Sanitation, dispensaries and jails vaccination Rajputana 1922-1927 - 1922-1927
Year: 1922
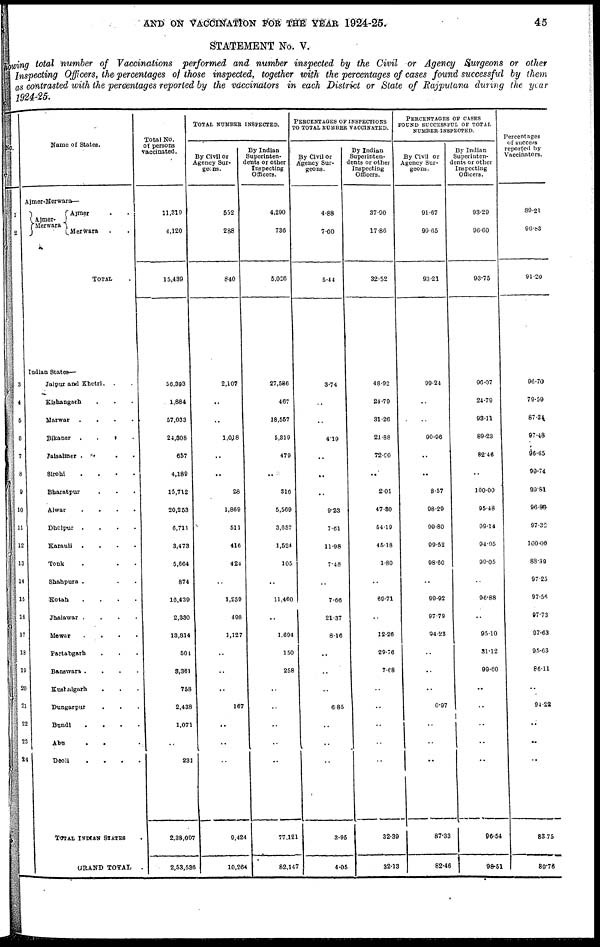
AND ON VACCINATION FOR THE YEAR 1924-25.
45
STATEMENT No. V.
showing total number of Vaccinations performed and number inspected by the Civil or Agency Surgeons or other
Inspecting Officers, the percentages of those inspected, together with the percentages of cases found successful by them
as contrasted with the percentages reported by the vaccinators in each District or State of Rajputana during the year
1924-25.
No.
1
2
3
4
5
8
7
8
9
10
11
12
13
14
15
16
17
18
19
20
21
22
23
24
Name of States.
Ajmer-Merwara—
Ajmer¬
Merwara
Ajmer . .
Merwara . .
TOTAL .
Indian States—
Jaipur and Khetri.
. .
Kishangarh . . .
Marwar
.
.
.
.
Bikaner
. . . .
Jaisalmer . . . .
.
Sirohi
.
.
.
.
Bharatpur
Alwar
.
.
.
.
Dholpur
.
.
.
.
Karauli
.
.
.
.
Tonk . . .
Shahpura . . .
Kotah
.
.
.
.
Jhalawar .
.
.
.
Mewar
.
.
.
.
Partabgarh . . .
Banswara .
.
.
.
Kushalgarh . . .
Dungarpur . . .
Bundi
.
.
.
.
Abu . . .
Deoli
.
.
.
.
TOTAL INDIAN STATES .
GRAND TOTAL
.
Total No.
of persons
vaccinated.
11,319
4,120
15,439
56,393
1,884
57,033
24,808
657
4,188
15,712
20,253
6,711
3,473
5,664
874
16,439
2,330
13,814
501
3,361
758
2,438
1,071
..
231
2,38,097
2,53,538
TOTAL NUMBER INSPECTED.
By Civil or
Agency Sur-
geons.
552
288
840
2,107
..
..
1,018
..
..
28
1,869
511
4116
424
..
1,259
498
1,127
..
..
..
167
..
..
..
9,424
10,264
By Indian
Superinten-
dents or other
Inspecting
Officers.
4,290
736
5,026
27,586
467
18,557
5,319
479
..
316
5,569
3,637
11,524
105
..
11,460
..
1,694
150
258
..
..
..
..
..
77,121
82,147
PERCENTAGES OF INSPECTIONS
TO TOTAL NUMBER VACCINATED.
By Civil or
Agency Sur-
geons.
4.88
7.00
5.44
3.74
..
..
4.19
..
..
..
9.23
7.61
11.98
7.48
..
7.66
21.37
8.16
..
..
..
6.85
..
..
..
3.95
4.05
By Indian
Superinten-
dents or other
Inspecting
Officers.
37.90
17.86
32.52
48.92
24.79
31.26
21.88
72.20
..
2.01
47.30
54.19
45.18
1.80
..
69.71
..
12.26
29.76
7.68
..
..
..
..
..
32.39
32.13
PERCENTAGES OF CASES
FOUND SUCCESSFUL OF TOTAL
NUMBER INSPECTED.
By Civil or
Agency Sur-
geons.
91.67
99.65
93.21
99.24
..
..
90.96
..
..
8.57
98.29
99.80
99.52
98.60
..
99.92
97.79
94.28
..
..
..
0.97
..
..
..
87.33
82.46
By Indian
Superinten-
dents or other
Inspecting
Officers.
93.29
96.60
93.75
96.07
24.79
93.11
89.23
82.46
..
100.00
95.48
99.14
94.95
99.05
..
96.88
..
95.10
31.12
99.60
..
..
..
..
..
96.54
98.51
Percentages
of success
reported by
Vaccinators.
89.21
96.83
91.20
96.70
79.59
87.34
97.48
90.65
99.74
99.81
96.86
97.32
100.00
83.39
97.25
97.56
97.73
97.63
95.63
86.11
..
94.22
..
..
..
83.75
89.76